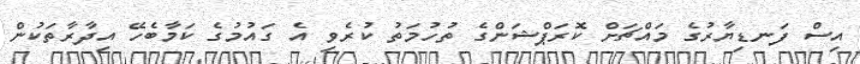
އިސް ފަނޑިޔާރުގެ މައްޗަށް ކޮރަޕްޝަންގެ ތުހުމަތު ކުރެވި އެ ގައުމުގެ ކަމާބެހޭ އިދާރާތަކުން